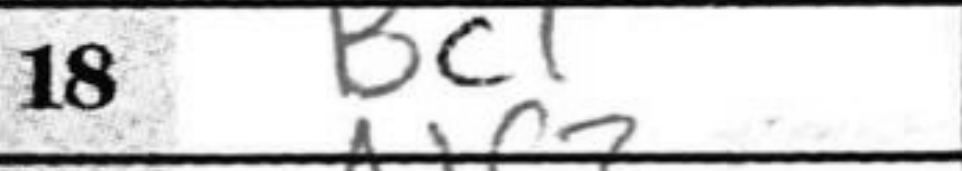
Transcription: Bc1